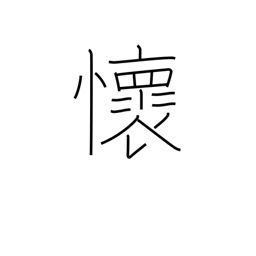
Meaning: feelings